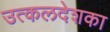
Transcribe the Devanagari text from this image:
उत्कलदेशका